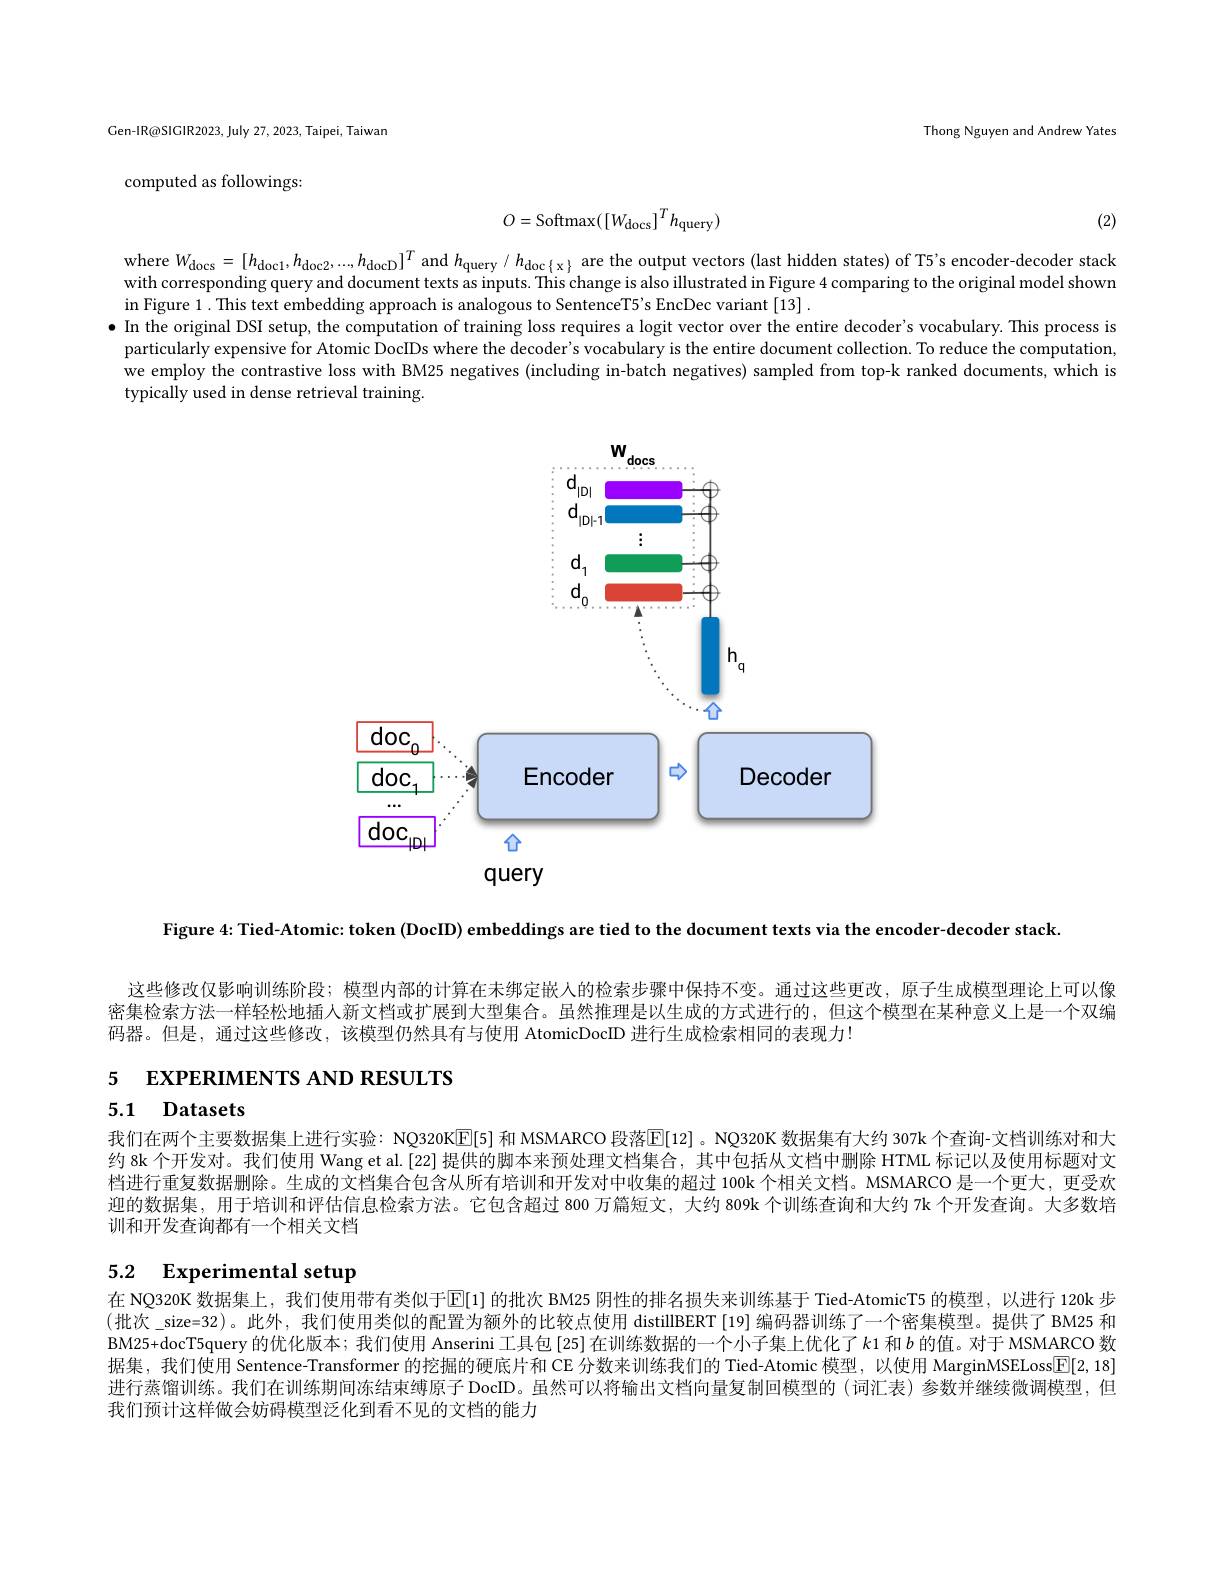
Gen-IR@SIGIR2023, July 27, 2023, Taipei, Taiwan

Thong Nguyen and Andrew Yates

computed as followings:
$$O=\mathrm{Softmax}(\left[W_{\mathrm{docs}}\right]^{T}h_{\mathrm{query}})$$
(2)

where $W_{\mathrm{docs}}=[h_{\mathrm{doc}1},h_{\mathrm{doc}2},...,h_{\mathrm{docD}}]^{T}$ and $h_\mathrm{query}/h_\mathrm{doc{X}}$ are the output vectors (last hidden states) of T5's encoder-decoder stack with corresponding query and document texts as inputs. This change is also illustrated in Figure 4 comparing to the original model shown in Figure 1. This text embedding approach is analogous to SentenceT5's EncDec variant [13] .
$\bullet$ In the original DSI setup, the computation of training loss requires a logit vector over the entire decoder's vocabulary. This process is
particularly expensive for Atomic DocIDs where the decoder's vocabulary is the entire document collection. To reduce the computation, we employ the contrastive loss with BM25 negatives (including in-batch negatives) sampled from top-k ranked documents, which is typically used in dense retrieval training

<FigureHere>

Figure 4: Tied-Atomic: token (DocID) embeddings are tied to the document texts via the encoder-decoder stack

这些修改仅影响训练阶段；模型内部的计算在未绑定嵌人的检索步骤中保持不变。通过这些更改，原子生成模型理论上可以像密集检索方法一样轻松地插人新文档或扩展到大型集合。虽然推理是以生成的方式进行的，但这个模型在某种意义上是一个双编码器。但是，通过这些修改，该模型仍然具有与使用 AtomicDocID 进行生成检索相同的表现力！

5 EXPERIMENTS AND RESULTS

5.1 Datasets

我们在两个主要数据集上进行实验：NQ320K[5] 和 MSMARCO 段落$\overline{\mathbb{E}}[12]$。NQ320K 数据集有大约 307k 个查询-文档训练对和大约 8k 个开发对。我们使用 Wang et al.[22] 提供的脚本来预处理文档集合，其中包括从文档中删除 HTML 标记以及使用标题对文档进行重复数据删除。生成的文档集合包含从所有培训和开发对中收集的超过 100k 个相关文档。MSMARCO 是一个更大，更受欢迎的数据集，用于培训和评估信息检索方法。它包含超过 800 万篇短文，大约 809k 个训练查询和大约 7k 个开发查询。大多数培训和开发查询都有一个相关文档

## 5.2 Experimental setup

在 NQ320K 数据集上，我们使用带有类似于$\operatorname{E[1]}$ 的批次 BM25 阴性的排名损失来训练基于 Tied-AtomicT5 的模型，以进行 120k 步(批次\_size=32)。此外，我们使用类似的配置为额外的比较点使用 distillBERT [19] 编码器训练了一个密集模型。提供了 BM25 和BM25+docT5query 的优化版本；我们使用 Anserini 工具包[25]在训练数据的一个小子集上优化了$k$1和$b$ 的值。对于 MSMARCO 数据集，我们使用 Sentence-Transformer 的挖掘的硬底片和 CE 分数来训练我们的 Tied-Atomic 模型，以使用 MarginMSELoss[$\overline{\mathbb{F}}[2,18]$ 进行蒸馏训练。我们在训练期间冻结束缚原子 DocID。虽然可以将输出文档向量复制回模型的(词汇表)参数并继续微调模型，但我们预计这样做会妨碍模型泛化到看不见的文档的能力